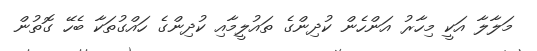
މަލާލާ އަކީ މިހާރު އަންހެން ކުދިންގެ ތައުލީމާއި ކުދިންގެ ހައްގުތަކާ ބެހޭ ގޮތުން